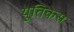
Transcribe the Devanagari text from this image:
युतिकेस